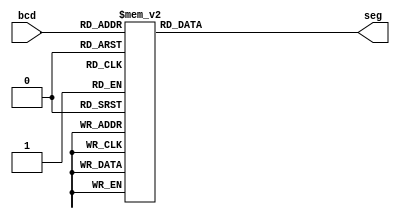
//Verilog module.
module segment7(
     bcd,
     seg
    );
     
     //Declare inputs,outputs and internal variables.
     input [3:0] bcd;
     output [6:0] seg;
     reg [6:0] seg;

//always block for converting bcd digit into 7 segment format
    always @(bcd)
    begin
        case (bcd) //case statement
            0 : seg = 7'b0000001;
            1 : seg = 7'b1001111;
            2 : seg = 7'b0010010;
            3 : seg = 7'b0000110;
            4 : seg = 7'b1001100;
            5 : seg = 7'b0100100;
            6 : seg = 7'b0100000;
            7 : seg = 7'b0001111;
            8 : seg = 7'b0000000;
            9 : seg = 7'b0000100;
            //switch off 7 segment character when the bcd digit is not a decimal number.
            default : seg = 7'b1111111; 
        endcase
    end
    
endmodule

// Testbench:

// module tb_segment7;

//     reg [3:0] bcd;
//     wire [6:0] seg;
//     integer i;

//     // Instantiate the Unit Under Test (UUT)
//     segment7 uut (
//         .bcd(bcd), 
//         .seg(seg)
//     );

// //Apply inputs
//     initial begin
//         for(i = 0;i < 16;i = i+1) //run loop for 0 to 15.
//         begin
//             bcd = i; 
//             #10; //wait for 10 ns
//         end     
//     end
      
// endmodule